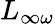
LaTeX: L_{\infty\omega}